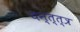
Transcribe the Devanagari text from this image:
यन्त्त्त्र